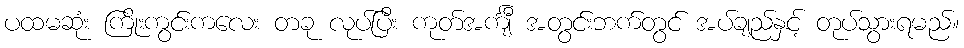
ပထမဆုံး ကြိုးကွင်းကလေး တခု လုပ်ပြီး ကုတ်အင်္ကျီ အတွင်းဘက်တွင် အပ်ချည်နှင့် တုပ်သွားရမည်။